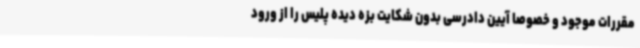
مقررات موجود و خصوصا آیین دادرسی بدون شکایت بزه دیده پلیس را از ورود